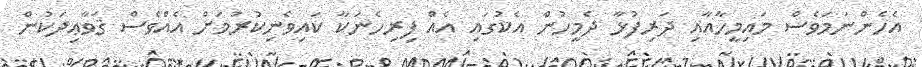
އެހެންނަމަވެސް މައިމީހާއާއި ދަރިފުޅާ ދެމީހުން އެކުގައި އެއް ފިރިހެނަކާ ކައިވެނިކުރުމަށް އެއްވެސް ޤަވާޢިދަކުން